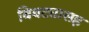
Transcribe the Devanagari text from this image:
बिबट्यासह